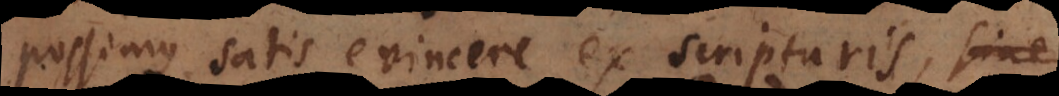
possimus satis evincere ex scripturis, sine